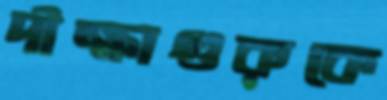
দীক্ষাগুরুকে